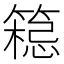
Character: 𱸟